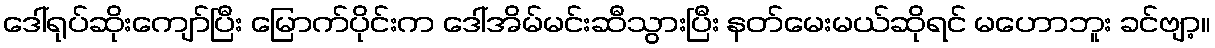
ဒေါ်ရုပ်ဆိုးကျော်ပြီး မြောက်ပိုင်းက ဒေါ်အိမ်မင်းဆီသွားပြီး နတ်မေးမယ်ဆိုရင် မဟောဘူး ခင်ဗျာ့။